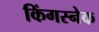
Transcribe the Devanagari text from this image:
किंगस्नेक